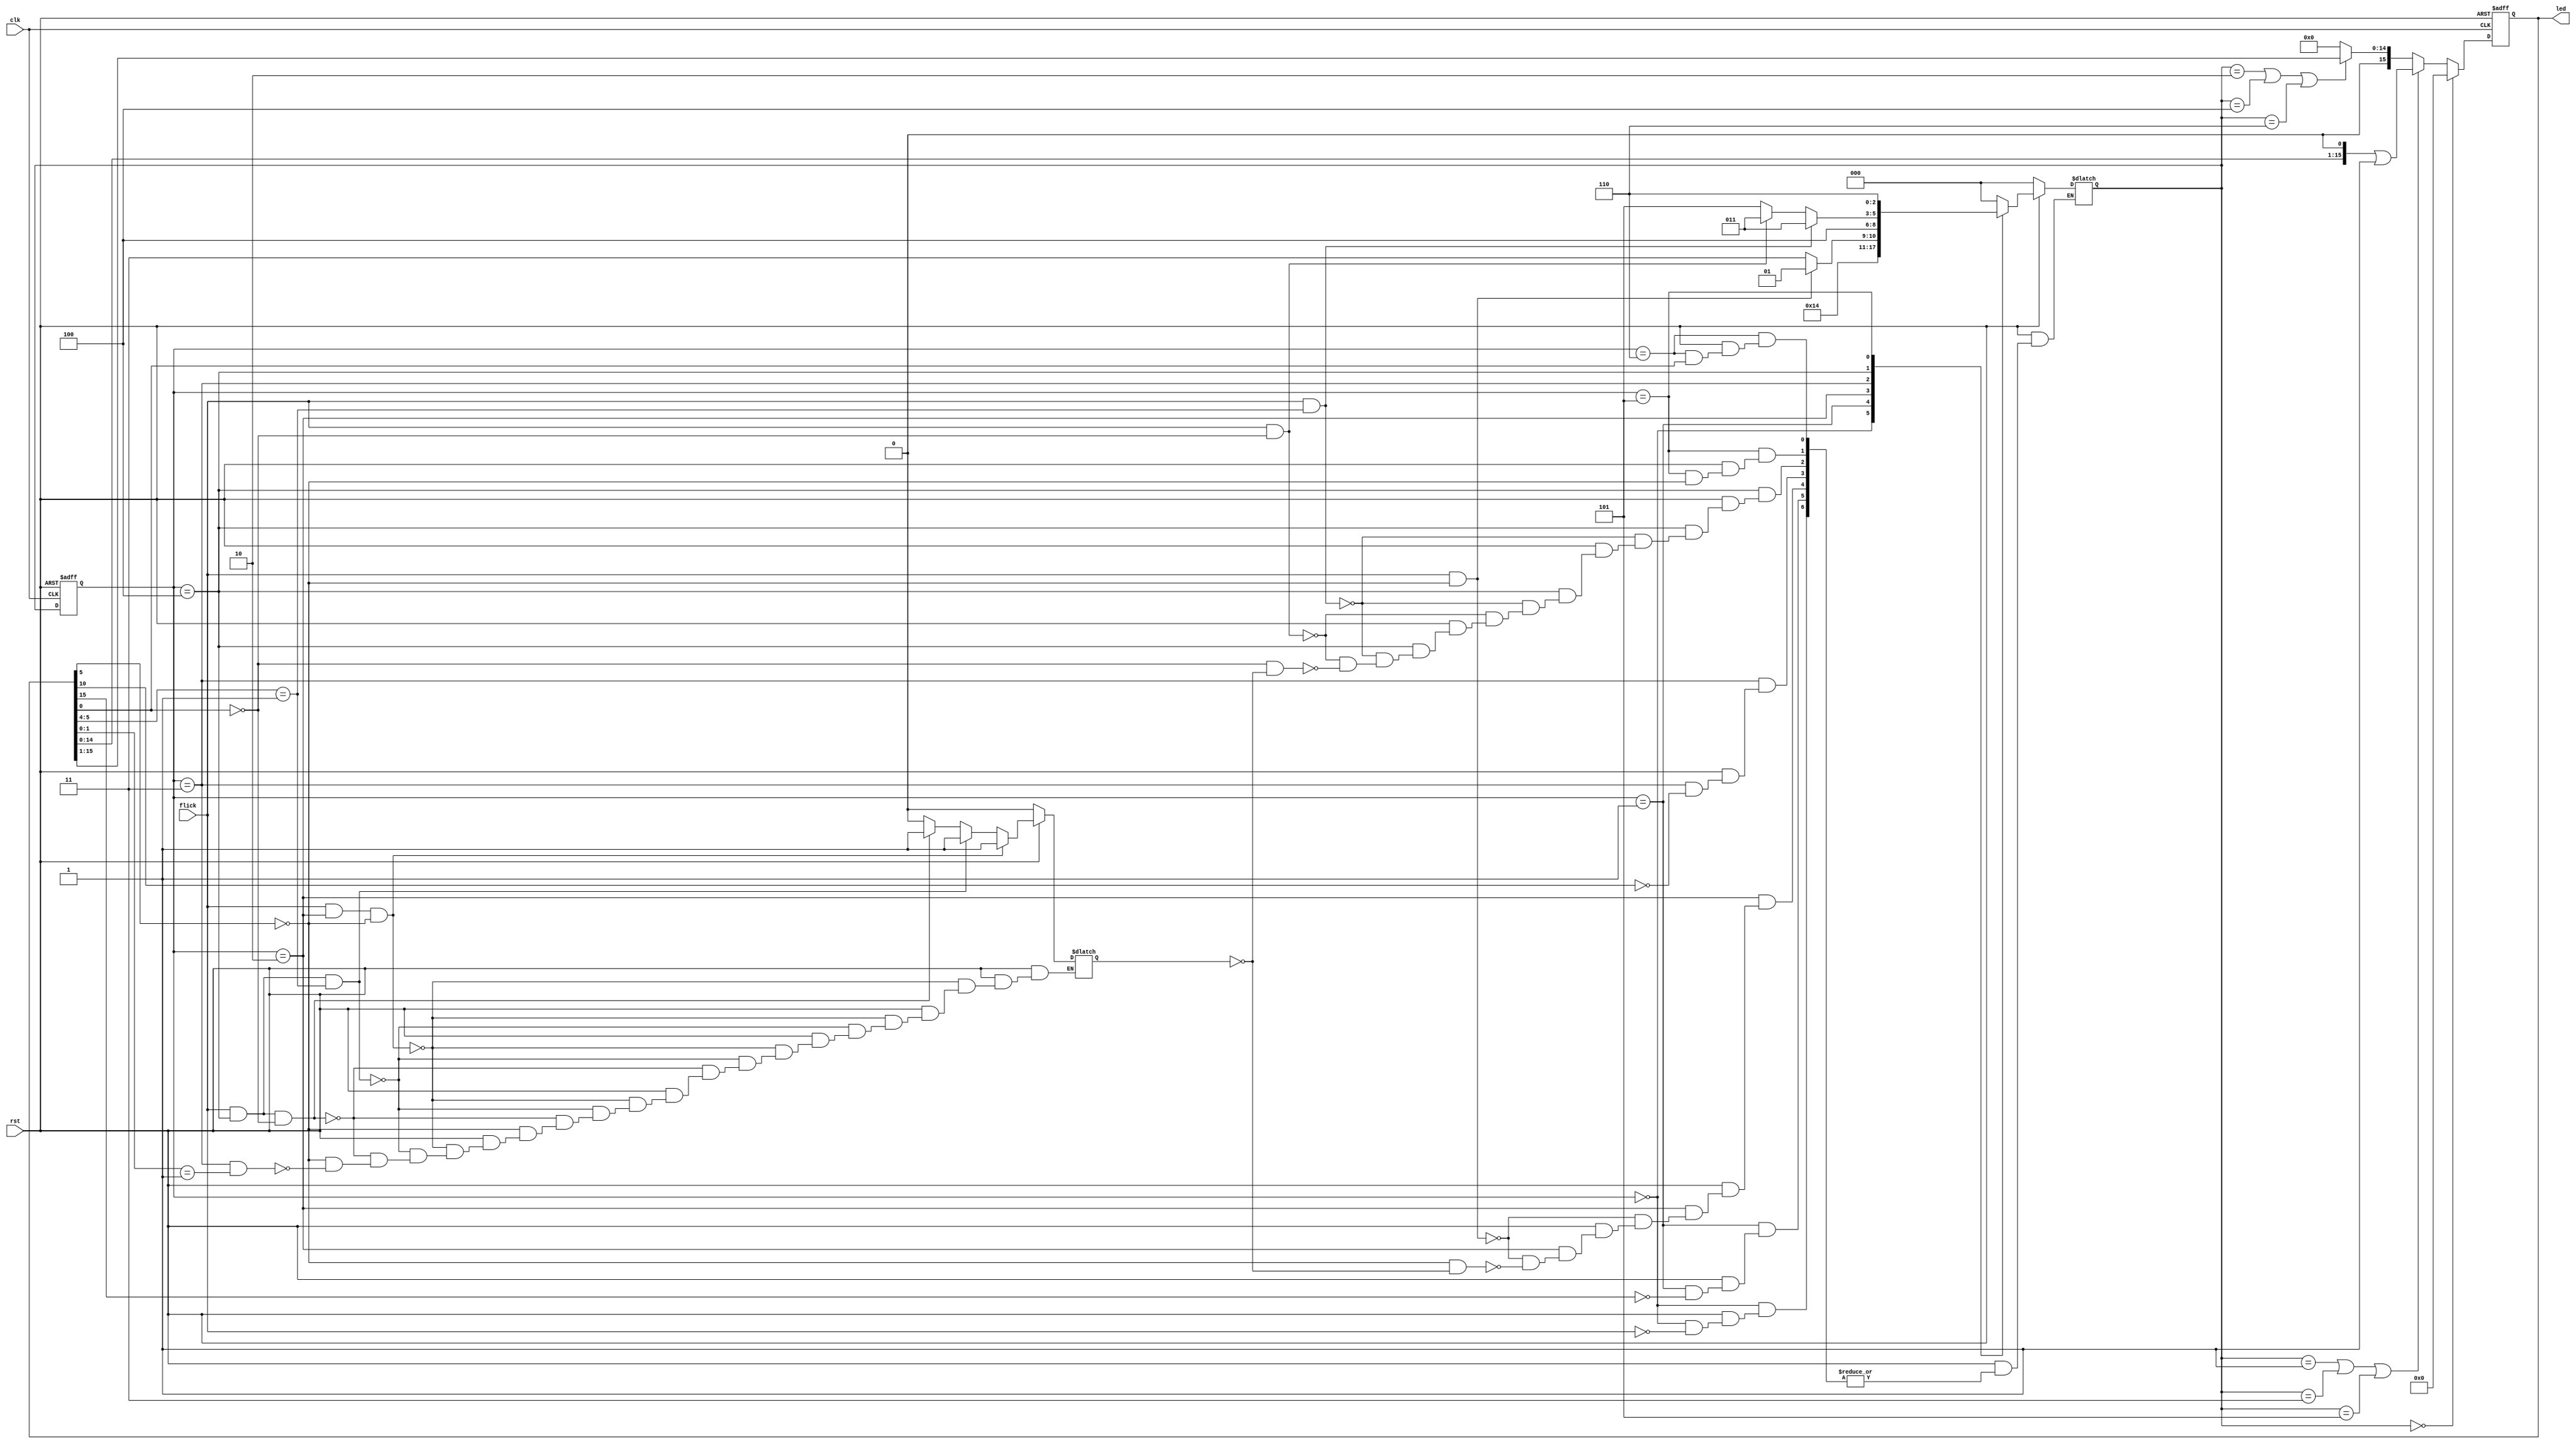
module bound_flasher (flick, clk, rst, led);
  input wire flick;
  input wire clk;
  input wire rst;
  output reg [15:0] led;
  
  reg [2:0] state;
  reg [2:0] real_state;
  reg [15:0] temp_led;
  
  reg flickFlag;
  
  //FLIP FLOP OUTPUT
  always @(posedge clk or negedge rst) begin
    if (rst == 1'b0) begin
      led <= 16'b0;
    end
    else begin
      led <= temp_led;
    end
  end
  
  always @(state or led) begin
    if (state == 3'b0) begin
      temp_led = 16'b0;
    end
    else if (state == 3'b001 || state == 3'b011 || state == 3'b101) begin
      temp_led = (led << 1) | 1;
    end
    else if (state == 3'b010 || state == 3'b100 || state == 3'b110) begin
      temp_led = led >> 1;
    end
    else begin
      temp_led = 16'b0;
    end
  end
  
  //FLIP FLOP STATE
  always @(posedge clk or negedge rst) begin
    if (rst == 1'b0) begin
      real_state <= 3'b0;
    end
    else begin
      real_state <= state;
    end
  end
  
  always @(flick or real_state or led or rst) begin
    if (rst == 1'b0) begin
      state = 3'b0;
    end
    else begin
    case (real_state)
      3'b0: begin
        if (flick == 1) begin
          state = 3'b001;
        end
      end
      
      3'b001: begin
        if (led[15] == 1) begin
          state = 3'b010;
        end
      end
      
      3'b010: begin	// state 2
        if (flick == 1 && led[5] == 0) begin
          state = 3'b001;
        end
        else if (led[5] == 0 && flickFlag == 0) begin
          state = 3'b011;
        end
      end
      
      3'b011: begin
        if (led[10] == 1) begin
          state = 3'b100;
        end
      end
      
      3'b100: begin	// state 4
        if (flick == 1 && led[5:4] == 2'b01) begin
          state = 3'b011;
        end
        else if (flick == 1 && led[0] == 0) begin
          state = 3'b011;
        end  
        else if (led[0] == 0 && flickFlag == 0) begin
          state = 3'b101;
        end
      end
      
      3'b101: begin
        if (led[5] == 1) begin
          state = 3'b110;
        end
      end
      
      3'b110: begin
        if (led[0] == 0) begin
          state = 3'b000;
        end
      end
      
      default: state = 3'b000;
    endcase
    end
  end
  
  always @(flick or rst or real_state or led) begin
    if (rst == 1'b0) begin
      flickFlag = 1'b0;
    end
    else if (flick == 1'b1 && real_state == 3'b010 && led[5] == 0) begin
      flickFlag = 1'b1;
    end
    else if (flick == 1'b1 && real_state == 3'b100 && led[5:4] == 2'b01) begin
      flickFlag = 1'b1;
    end    
    else if (flick == 1'b1 && real_state == 3'b100 && led[0] == 0) begin
      flickFlag = 1'b1;
    end 
    else if (led[5] == 1) begin
      flickFlag = 1'b0;
    end
    else if (real_state == 3'b011 && led[1:0] == 2'b01) begin
      flickFlag = 1'b0;
    end
  end

endmodule